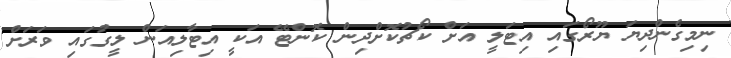
ނިމިގެންދިޔަ ޔޫރޯގައި އިޓަލީ އަށް ކޯޗުކޮށްދިން ކޮންޓޭ އަކީ އިޓާލިއަން ލީގުގައި ވަރަށް